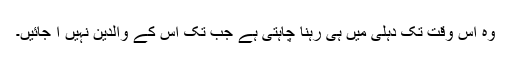
وہ اس وقت تک دہلی میں ہی رہنا چاہتی ہے جب تک اس کے والدین نہیں آ جائیں۔